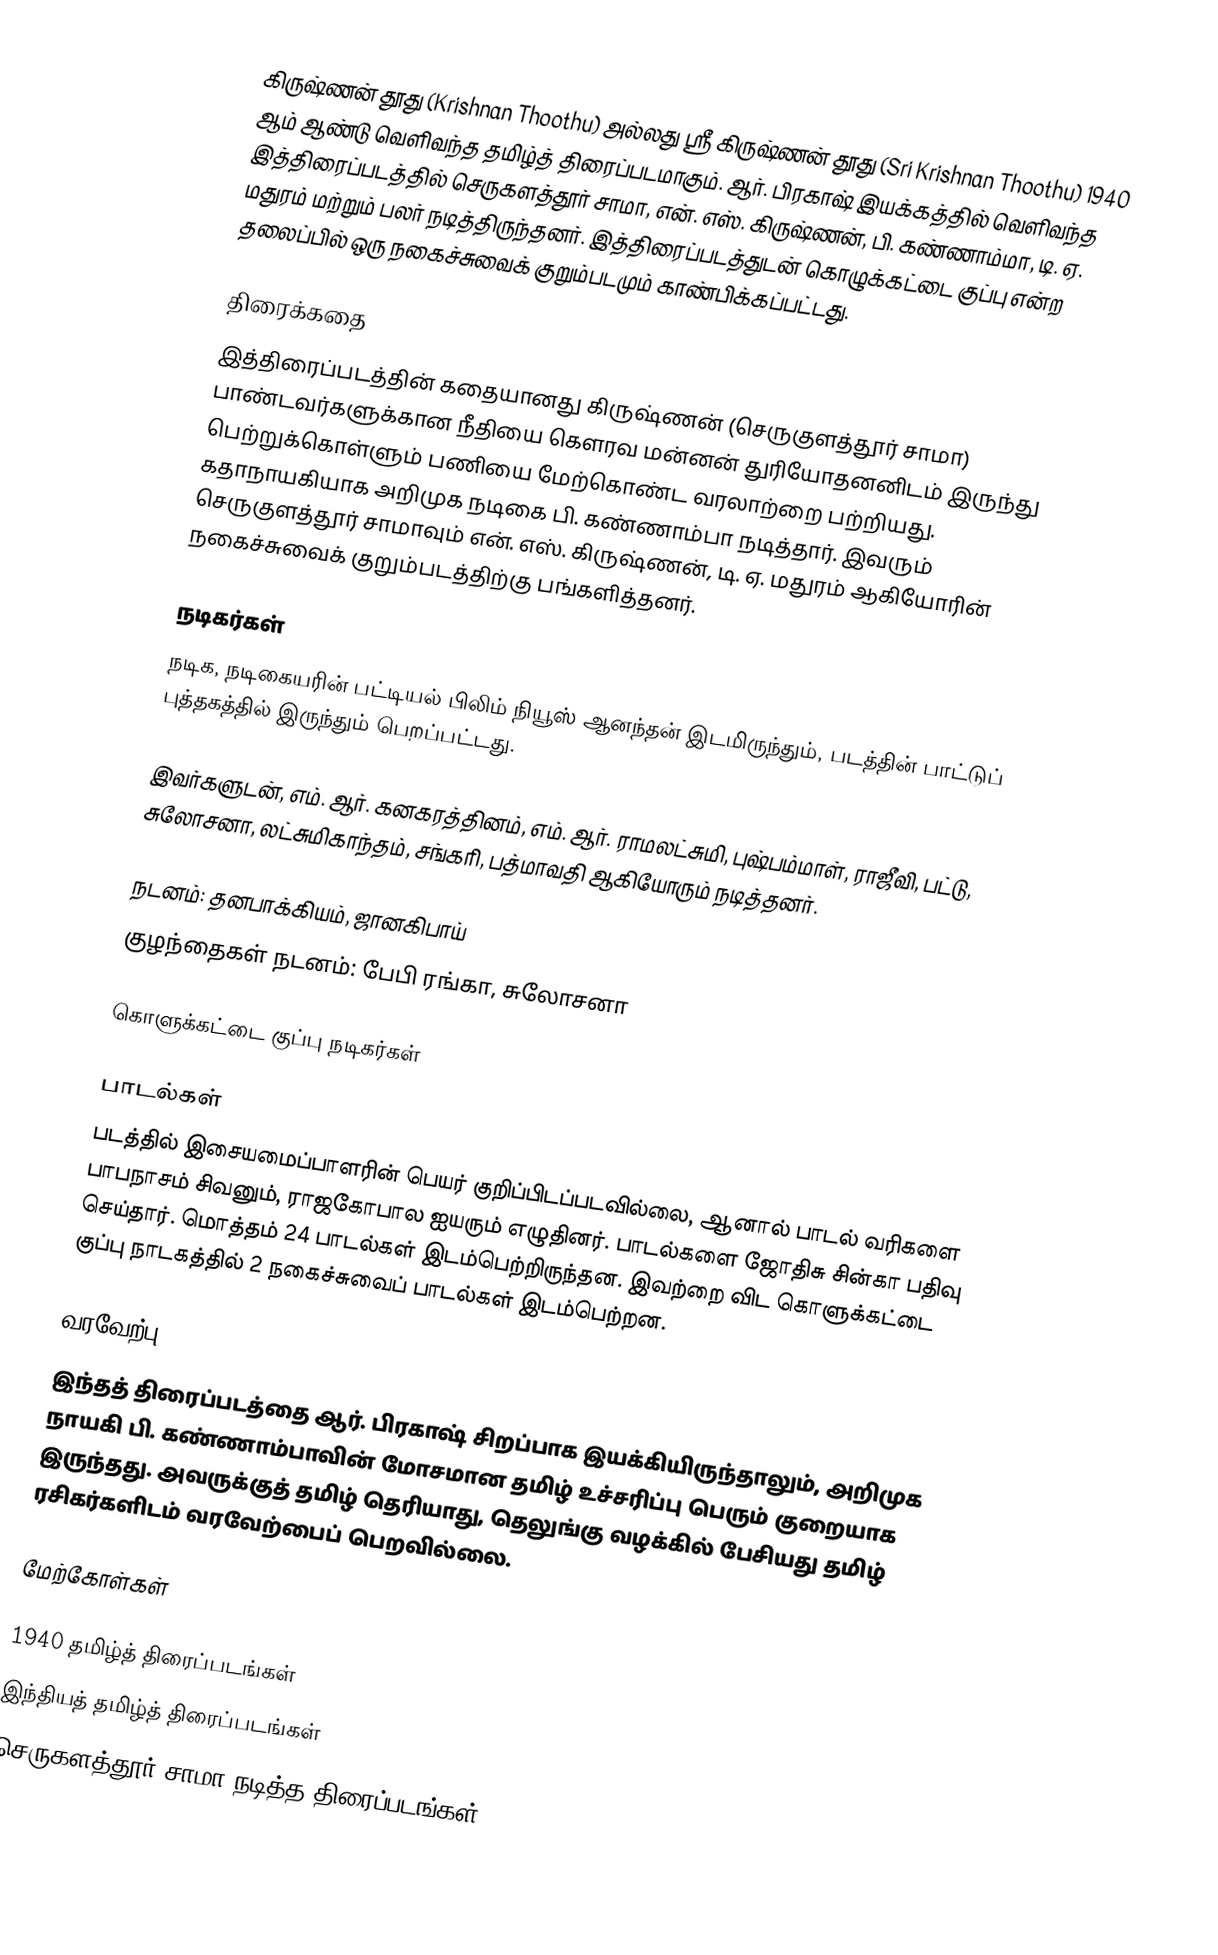
கிருஷ்ணன் தூது (Krishnan Thoothu) அல்லது ஸ்ரீ கிருஷ்ணன் தூது (Sri Krishnan Thoothu) 1940 ஆம் ஆண்டு வெளிவந்த தமிழ்த் திரைப்படமாகும். ஆர். பிரகாஷ் இயக்கத்தில் வெளிவந்த இத்திரைப்படத்தில் செருகளத்தூர் சாமா, என். எஸ். கிருஷ்ணன், பி. கண்ணாம்மா, டி. ஏ. மதுரம் மற்றும் பலர் நடித்திருந்தனர். இத்திரைப்படத்துடன் கொழுக்கட்டை குப்பு என்ற தலைப்பில் ஒரு நகைச்சுவைக் குறும்படமும் காண்பிக்கப்பட்டது.

திரைக்கதை
இத்திரைப்படத்தின் கதையானது கிருஷ்ணன் (செருகுளத்தூர் சாமா) பாண்டவர்களுக்கான நீதியை கௌரவ மன்னன் துரியோதனனிடம் இருந்து பெற்றுக்கொள்ளும் பணியை மேற்கொண்ட வரலாற்றை பற்றியது. கதாநாயகியாக அறிமுக நடிகை பி. கண்ணாம்பா நடித்தார். இவரும் செருகுளத்தூர் சாமாவும் என். எஸ். கிருஷ்ணன், டி. ஏ. மதுரம் ஆகியோரின் நகைச்சுவைக் குறும்படத்திற்கு பங்களித்தனர்.

நடிகர்கள்
நடிக, நடிகையரின் பட்டியல் பிலிம் நியூஸ் ஆனந்தன் இடமிருந்தும், படத்தின் பாட்டுப் புத்தகத்தில் இருந்தும் பெறப்பட்டது.

இவர்களுடன், எம். ஆர். கனகரத்தினம், எம். ஆர். ராமலட்சுமி, புஷ்பம்மாள், ராஜீவி, பட்டு, சுலோசனா, லட்சுமிகாந்தம், சங்கரி, பத்மாவதி ஆகியோரும் நடித்தனர்.

நடனம்: தனபாக்கியம், ஜானகிபாய்
குழந்தைகள் நடனம்: பேபி ரங்கா, சுலோசனா

கொளுக்கட்டை குப்பு நடிகர்கள்

பாடல்கள்
படத்தில் இசையமைப்பாளரின் பெயர் குறிப்பிடப்படவில்லை, ஆனால் பாடல் வரிகளை பாபநாசம் சிவனும், ராஜகோபால ஐயரும் எழுதினர். பாடல்களை ஜோதிசு சின்கா பதிவு செய்தார். மொத்தம் 24 பாடல்கள் இடம்பெற்றிருந்தன. இவற்றை விட கொளுக்கட்டை குப்பு நாடகத்தில் 2 நகைச்சுவைப் பாடல்கள் இடம்பெற்றன.

வரவேற்பு
இந்தத் திரைப்படத்தை ஆர். பிரகாஷ் சிறப்பாக இயக்கியிருந்தாலும், அறிமுக நாயகி பி. கண்ணாம்பாவின் மோசமான தமிழ் உச்சரிப்பு பெரும் குறையாக இருந்தது. அவருக்குத் தமிழ் தெரியாது, தெலுங்கு வழக்கில் பேசியது தமிழ் ரசிகர்களிடம் வரவேற்பைப் பெறவில்லை.

மேற்கோள்கள்

1940 தமிழ்த் திரைப்படங்கள்
இந்தியத் தமிழ்த் திரைப்படங்கள்
செருகளத்தூர் சாமா நடித்த திரைப்படங்கள்